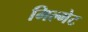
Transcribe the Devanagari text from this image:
मिल्गेट